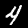
Digit: 4